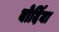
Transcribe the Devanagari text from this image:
बोर्दिया